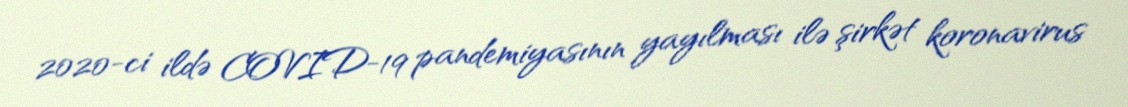
2020-ci ildə COVID-19 pandemiyasının yayılması ilə şirkət koronavirus